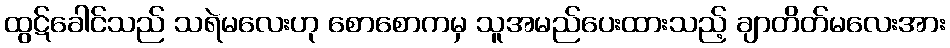
ထွဋ်ခေါင်သည် သရဲမလေးဟု စောစောကမှ သူအမည်ပေးထားသည့် ချာတိတ်မလေးအား